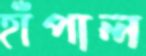
হাঁপাল